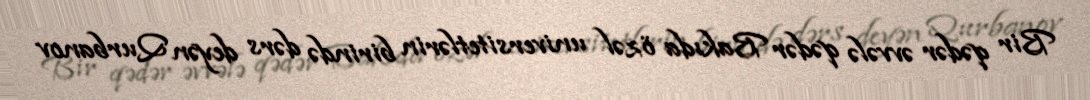
Bir qədər əvvələ qədər Bakıda özəl universitetlərin birində dərs deyən Qurbanov